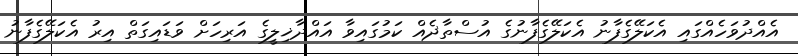
އެއްދުވަހެއްގައި އެކަލޭގެފާނު އެކަލޭގެފާނުގެ އުސްތާޛެއް ކަމުގައިވާ އައްދާޚިލީގެ އަރިހަށް ވަޑައިގަތް އިރު އެކަލޭގެފާނު